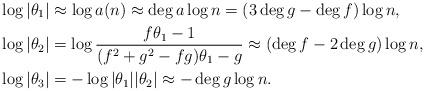
LaTeX: \begin{align*}\log{|\theta_1|} &\approx \log{a(n)} \approx \deg{a}\log{n} = (3\deg{g}-\deg{f})\log{n}, \\\log{|\theta_2|} &= \log{\frac{f\theta_1-1}{(f^2+g^2-fg)\theta_1-g}} \approx (\deg{f}-2\deg{g})\log{n}, \\\log{|\theta_3|} &= -\log{|\theta_1||\theta_2|} \approx -\deg{g}\log{n}.\end{align*}